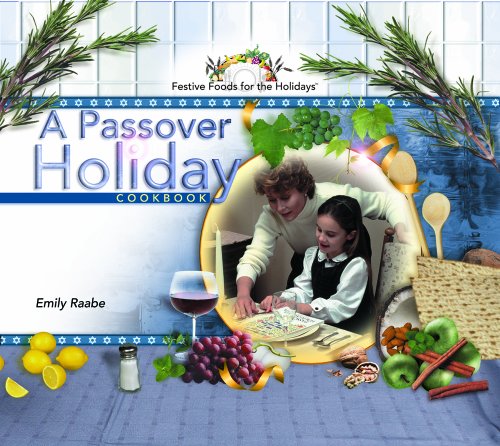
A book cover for A Passover Holiday Cookbook (Festive Foods for the Holidays); Emily Raabe; Children's Books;